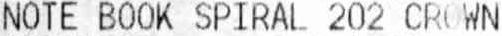
NOTE BOOK SPIRAL 202 CROWN